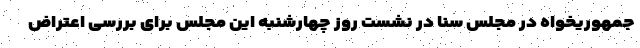
جمهوریخواه در مجلس سنا در نشست روز چهارشنبه این مجلس برای بررسی اعتراض